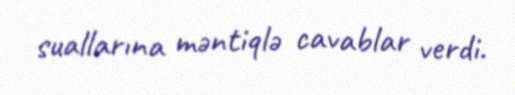
suallarına məntiqlə cavablar verdi.